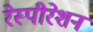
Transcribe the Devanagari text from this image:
रेस्पीरेशन